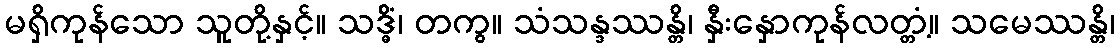
မရှိကုန်သော သူတို့နှင့်။ သဒ္ဓိံ၊ တကွ။ သံသန္ဒဿန္တိ၊ နှီးနှောကုန်လတ္တံ့။ သမေဿန္တိ၊